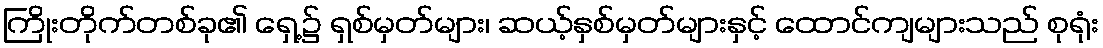
ကြိုးတိုက်တစ်ခု၏ ရှေ့၌ ရှစ်မှတ်များ၊ ဆယ့်နှစ်မှတ်များနှင့် ထောင်ကျများသည် စုရုံး